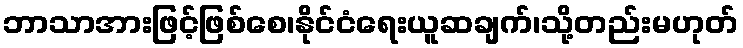
ဘာသာအားဖြင့်ဖြစ်စေ၊နိုင်ငံရေးယူဆချက်၊သို့တည်းမဟုတ်